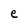
Character: e